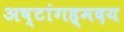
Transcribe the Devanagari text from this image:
अष्टांगह्मदय